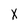
Character: X